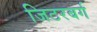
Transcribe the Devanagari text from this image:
जिटरबर्ग